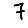
Digit: 7